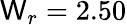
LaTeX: \mathsf{W}_{r}=2.50